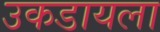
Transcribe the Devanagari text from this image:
उकडायला